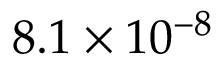
8 . 1 \times 1 0 ^ { - 8 }